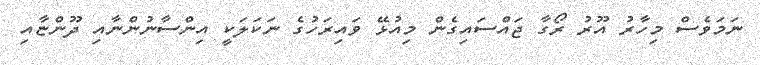
ނަމަވެސް މިހާރު އޫރު ރޯގާ ޖައްސައިގެން މިއުޅޭ ވައިރަހުގެ ނަކަލަކީ އިންސާނުންނާއި ދޫންޏާއި